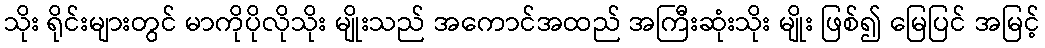
သိုး ရိုင်းများတွင် မာကိုပိုလိုသိုး မျိုးသည် အကောင်အထည် အကြီးဆုံးသိုး မျိုး ဖြစ်၍ မြေပြင် အမြင့်